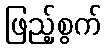
ဖြည့်စွက်